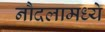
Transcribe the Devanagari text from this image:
नौदलामध्ये